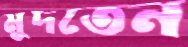
মুদতেন